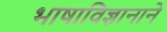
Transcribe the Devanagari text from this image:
भाषाविज्ञानाने